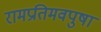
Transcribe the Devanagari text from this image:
रामप्रतिमवपुषा